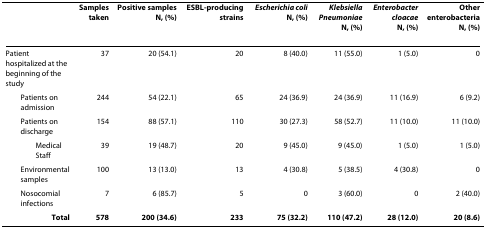
<table><thead><tr><td></td><td><b>Samples taken</b></td><td><b>Positive samplesN, (%)</b></td><td><b>ESBL-producing strains</b></td><td><b><i>Escherichia coli</i>N, (%)</b></td><td><b><i>Klebsiella Pneumoniae</i>N, (%)</b></td><td><b><i>Enterobacter cloacae</i>N, (%)</b></td><td><b>Other enterobacteriaN, (%)</b></td></tr></thead><tbody><tr><td>Patient hospitalized at the beginning of the study</td><td>37</td><td>20 (54.1)</td><td>20</td><td>8 (40.0)</td><td>11 (55.0)</td><td>1 (5.0)</td><td>0</td></tr><tr><td> Patients on admission</td><td>244</td><td>54 (22.1)</td><td>65</td><td>24 (36.9)</td><td>24 (36.9)</td><td>11 (16.9)</td><td>6 (9.2)</td></tr><tr><td> Patients on discharge</td><td>154</td><td>88 (57.1)</td><td>110</td><td>30 (27.3)</td><td>58 (52.7)</td><td>11 (10.0)</td><td>11 (10.0)</td></tr><tr><td>Medical Staff</td><td>39</td><td>19 (48.7)</td><td>20</td><td>9 (45.0)</td><td>9 (45.0)</td><td>1 (5.0)</td><td>1 (5.0)</td></tr><tr><td> Environmental samples</td><td>100</td><td>13 (13.0)</td><td>13</td><td>4 (30.8)</td><td>5 (38.5)</td><td>4 (30.8)</td><td>0</td></tr><tr><td> Nosocomial infections</td><td>7</td><td>6 (85.7)</td><td>5</td><td>0</td><td>3 (60.0)</td><td>0</td><td>2 (40.0)</td></tr><tr><td><b>Total</b></td><td><b>578</b></td><td><b>200 (34.6)</b></td><td><b>233</b></td><td><b>75 (32.2)</b></td><td><b>110 (47.2)</b></td><td><b>28 (12.0)</b></td><td><b>20 (8.6)</b></td></tr></tbody></table>